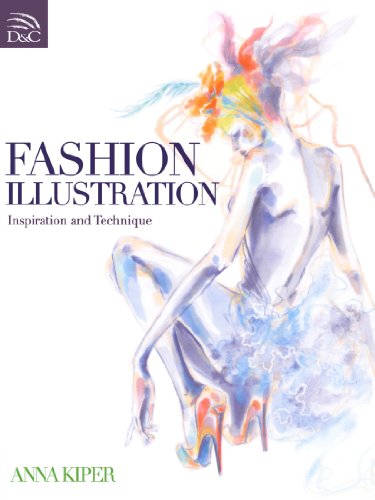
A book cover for Fashion Illustration: Inspiration and Technique; Anna Kiper; Arts & Photography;